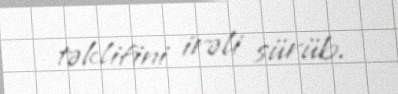
təklifini irəli sürüb.